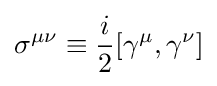
\sigma ^{\mu \nu }\equiv {\frac {i}{2}}[\gamma ^{\mu },\gamma ^{\nu }]